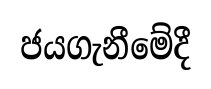
ජයගැනීමේදී